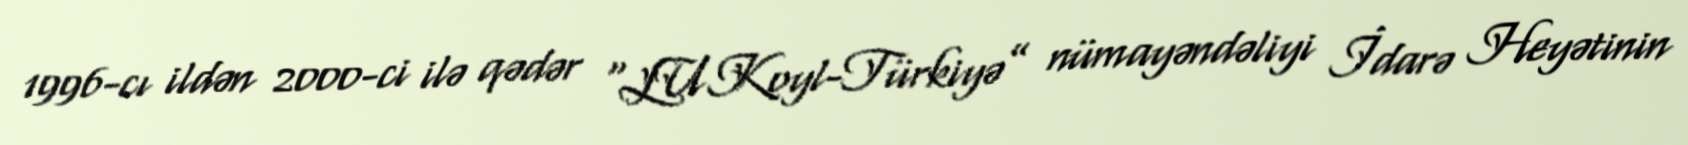
1996-cı ildən 2000-ci ilə qədər “LUKoyl-Türkiyə” nümayəndəliyi İdarə Heyətinin